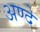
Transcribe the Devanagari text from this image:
अण्दे